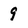
Character: 9